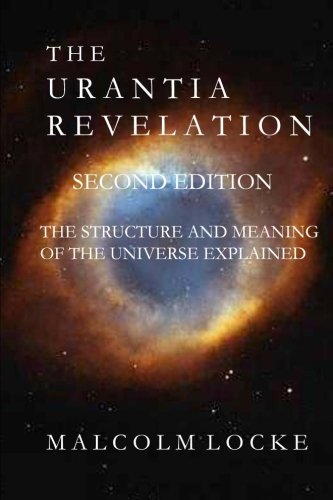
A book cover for The Urantia Revelation: The Structure and Meaning of the Universe Explained, Second Edition; Malcolm Locke; Religion & Spirituality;